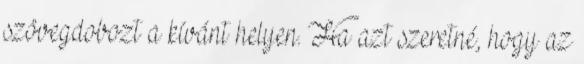
szövegdobozt a kívánt helyen. Ha azt szeretné, hogy az